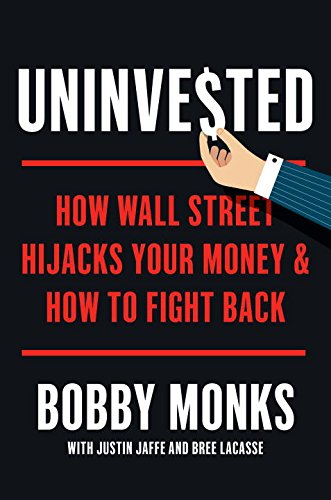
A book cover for Uninvested: How Wall Street Hijacks Your Money and How to Fight Back; Bobby Monks; Business & Money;